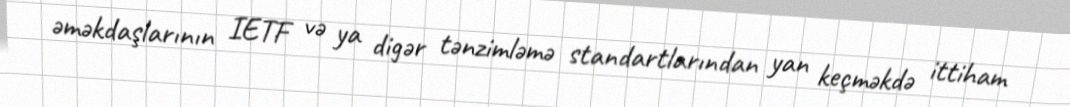
əməkdaşlarının IETF və ya digər tənzimləmə standartlarından yan keçməkdə ittiham